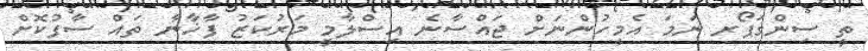
ތީ ސިންގަޕޯރ ނަމަ އެމީހުންނަށް ޖައްސާނެ އިސްލާމީ މަރުކަޒު ފާޚާނާ ތައް ސާފުކޮށް